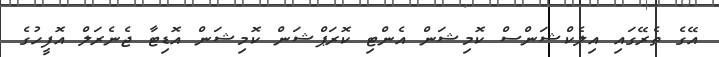
އޭގެ ތެރޭގައި އިލެކްޝަންސް ކޮމިޝަން އެންޓި ކޮރަޕްޝަން ކޮމިޝަން އޮޑިޓާ ޖެނެރަލް އޮފީހުގެ